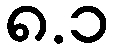
၈.၁